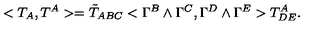
< T _ { A } , T ^ { A } > = { \tilde { T } } _ { A B C } < \Gamma ^ { B } \wedge \Gamma ^ { C } , \Gamma ^ { D } \wedge \Gamma ^ { E } > T _ { D E } ^ { A } .